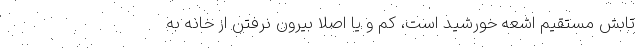
تابش مستقیم اشعه خورشید است، کم و یا اصلاً بیرون نرفتن از خانه به